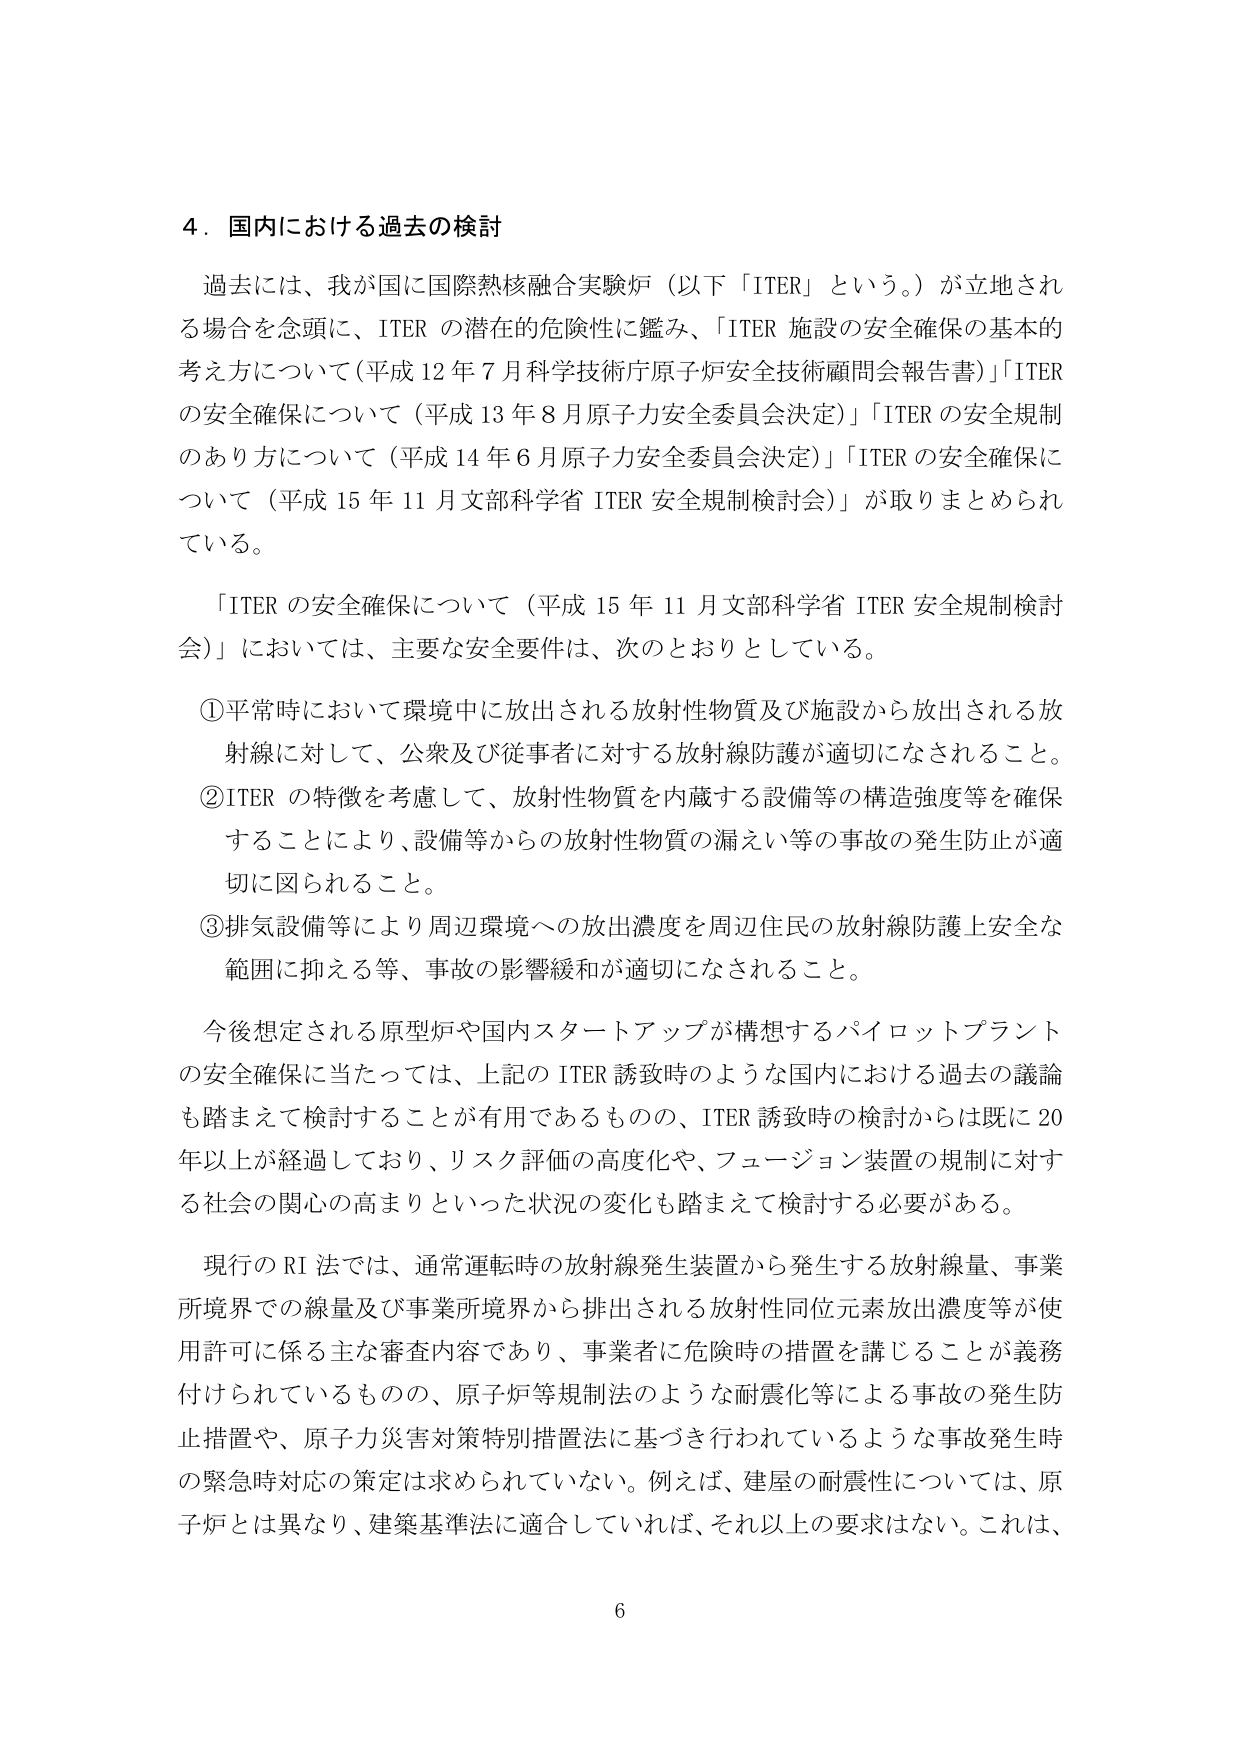
4．国内における過去の検討

過去には、我が国に国際熱核融合実験炉（以下「ITER」という。）が立地される場合を念頭に、ITER の潜在的危険性に鑑み、「ITER 施設の安全確保の基本的考え方について（平成12年7月科学技術庁原子炉安全技術顧問会報告書）」「ITER の安全確保について（平成13年8月原子力安全委員会決定）」「ITER の安全規制のあり方について（平成14年6月原子力安全委員会決定）」「ITER の安全確保について（平成15年11月文部科学省 ITER 安全規制検討会）」が取りまとめられている。

「ITER の安全確保について（平成15年11月文部科学省 ITER 安全規制検討会）」においては、主要な安全要件は、次のとおりとしている。

①平常時において環境中に放出される放射性物質及び施設から放出される放射線に対して、公衆及び従事者に対する放射線防護が適切になされること。

②ITER の特徴を考慮して、放射性物質を内蔵する設備等の構造強度等を確保することにより、設備等からの放射性物質の漏えい等の事故の発生防止が適切に図られること。

③排気設備等により周辺環境への放出濃度を周辺住民の放射線防護上安全な範囲に抑える等、事故の影響緩和が適切になされること。

今後想定される原型炉や国内スタートアップが構想するパイロットプラントの安全確保に当たっては、上記の ITER 誘致時のような国内における過去の議論も踏まえて検討することが有用であるものの、ITER 誘致時の検討からは既に20年以上が経過しており、リスク評価の高度化や、フュージョン装置の規制に対する社会の関心の高まりといった状況の変化も踏まえて検討する必要がある。

現行のRI法では、通常運転時の放射線発生装置から発生する放射線量、事業所境界での線量及び事業所境界から排出される放射性同位元素放出濃度等が使用許可に係る主な審査内容であり、事業者に危険時の措置を講じることが義務付けられているものの、原子炉等規制法のような耐震化等による事故の発生防止措置や、原子力災害対策特別措置法に基づき行われているような事故発生時の緊急時対応の策定は求められていない。例えば、建屋の耐震性については、原子炉とは異なり、建築基準法に適合していれば、それ以上の要求はない。これは、

6